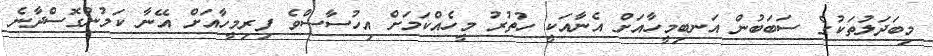
މިބަދަލުތަކުގެ ސަބަބުން އަނބިމީހާއަށް އެނާއަކީ ހުތުރު މީހެއްކަމަށް އިހުސާސްވެ ފިރިމީހާއަށް އޭނާ ކަމުނުގޮސްދާނެ